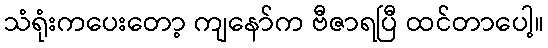
သံရုံးကပေးတော့ ကျနော်က ဗီဇာရပြီ ထင်တာပေါ့။